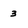
Character: 3